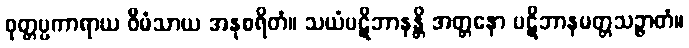
ဝုတ္တပ္ပကာရာယ ဝီမံသာယ အနုစရိတံ။ သယံပဋိဘာနန္တိ အတ္တနော ပဋိဘာနမတ္တသဉ္ဇာတံ။